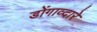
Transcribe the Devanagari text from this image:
डोंगाव्दारे